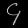
Digit: ၄